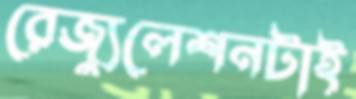
রেজ্যুলেশনটাই